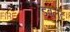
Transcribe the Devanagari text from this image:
डबलेट